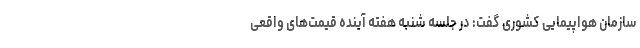
سازمان هواپیمایی کشوری گفت: در جلسه شنبه هفته آینده قیمت‌های واقعی